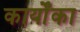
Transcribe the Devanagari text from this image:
कार्योंका